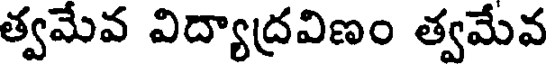
త్వమేవ విద్యాద్రవిణం త్వమేవ